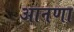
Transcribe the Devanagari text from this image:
आनणा